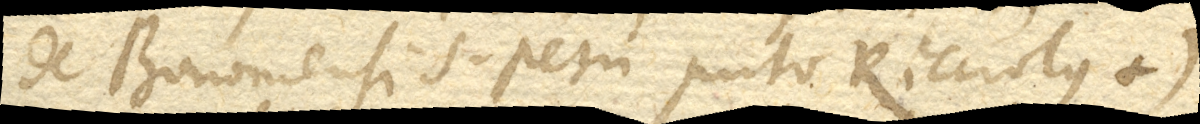
de Bononiensi S. Petri puto Ricciolus +)